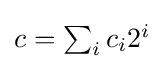
\textstyle c=\sum _{i}c_{i}2^{i}